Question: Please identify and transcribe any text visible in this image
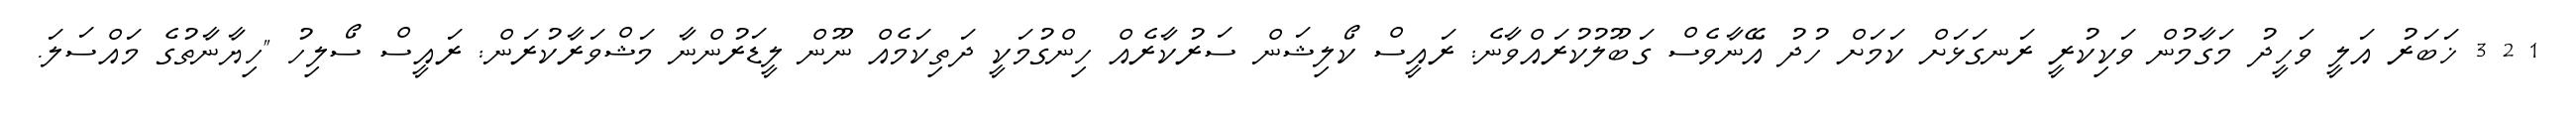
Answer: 1 2 3 ޚަބަރު އަލީ ވަހީދު މަގާމުން ވަކިކުރީ ރަނގަޅަށް ކަމަށް ހުދު އޭނާވެސް ގަބޫލުކުރައްވާނެ: ރައީސް ކޯލިޝަން ސަރުކާރެއް ހިންގުމަކީ ދަތިކަމެއް ނޫން ލީޑަރުންނާ މަޝްވަރާކުރަން: ރައީސް ސޯލިހު "ހިޔާނާތުގެ މައްސަލަ.